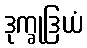
ဒုက္ခုဒြယံ